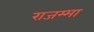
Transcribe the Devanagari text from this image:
राजम्मा